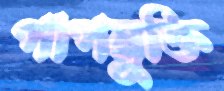
পাপমুক্তি